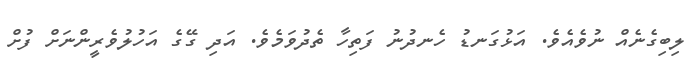
ލިބިގެނެއް ނުވެއެވެ. އަޅުގަނޑު ހެނދުނު ފަތިހާ ތެދުވަމެވެ. އަދި ގޭގެ އަހުލުވެރީންނަށް ފުށް